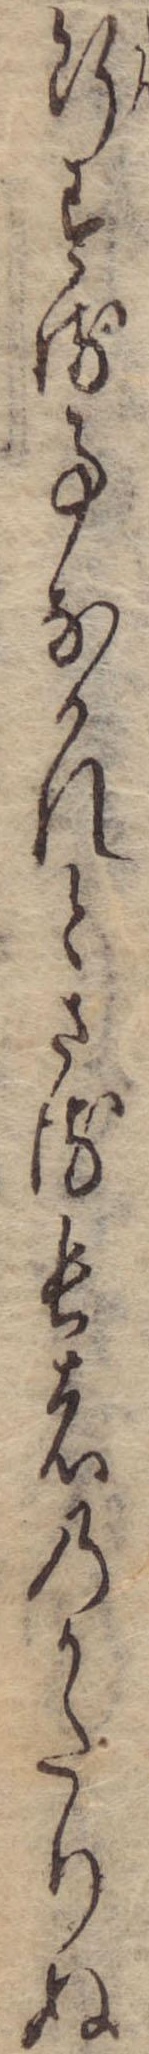
断する事なかれとさる長者のかたりぬ